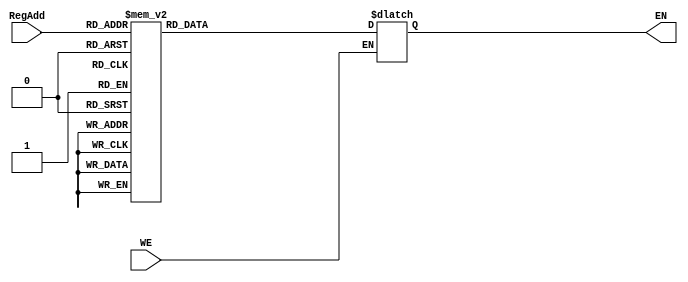
module fourbysixteen_decoder(

    input WE,
    input [3:0] RegAdd,
    output reg [15:0] EN
    );
    
    always @(*)
        begin
        if (WE) begin
            case (RegAdd)
                 4'd0:  EN  = 16'h0001;
                 4'd1:  EN  = 16'h0002;
                 4'd2:  EN  = 16'h0004;
                 4'd3:  EN  = 16'h0008;
                 4'd4:  EN  = 16'h0010;
                 4'd5:  EN  = 16'h0020;
                 4'd6:  EN  = 16'h0040;
                 4'd7:  EN  = 16'h0080;
                 4'd8:  EN  = 16'h0100;
                 4'd9:  EN  = 16'h0200;
                 4'd10: EN  = 16'h0400;
                 4'd11: EN  = 16'h0800;
                 4'd12: EN  = 16'h1000;
                 4'd13: EN  = 16'h2000;
                 4'd14: EN  = 16'h4000;
                 4'd15: EN  = 16'h8000; 
             endcase
         end
     end
endmodule